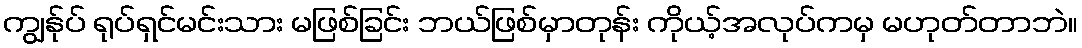
ကျွန်ုပ် ရုပ်ရှင်မင်းသား မဖြစ်ခြင်း ဘယ်ဖြစ်မှာတုန်း ကိုယ့်အလုပ်ကမှ မဟုတ်တာဘဲ။